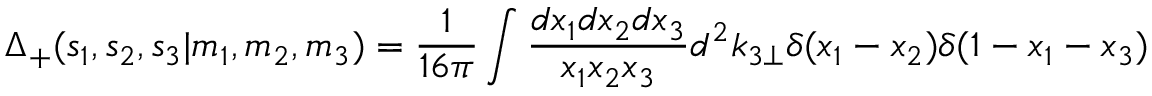
\Delta _ { + } ( s _ { 1 } , s _ { 2 } , s _ { 3 } | m _ { 1 } , m _ { 2 } , m _ { 3 } ) = \frac 1 { 1 6 \pi } \int \frac { d x _ { 1 } d x _ { 2 } d x _ { 3 } } { x _ { 1 } x _ { 2 } x _ { 3 } } d ^ { 2 } k _ { 3 \perp } \delta ( x _ { 1 } - x _ { 2 } ) \delta ( 1 - x _ { 1 } - x _ { 3 } )